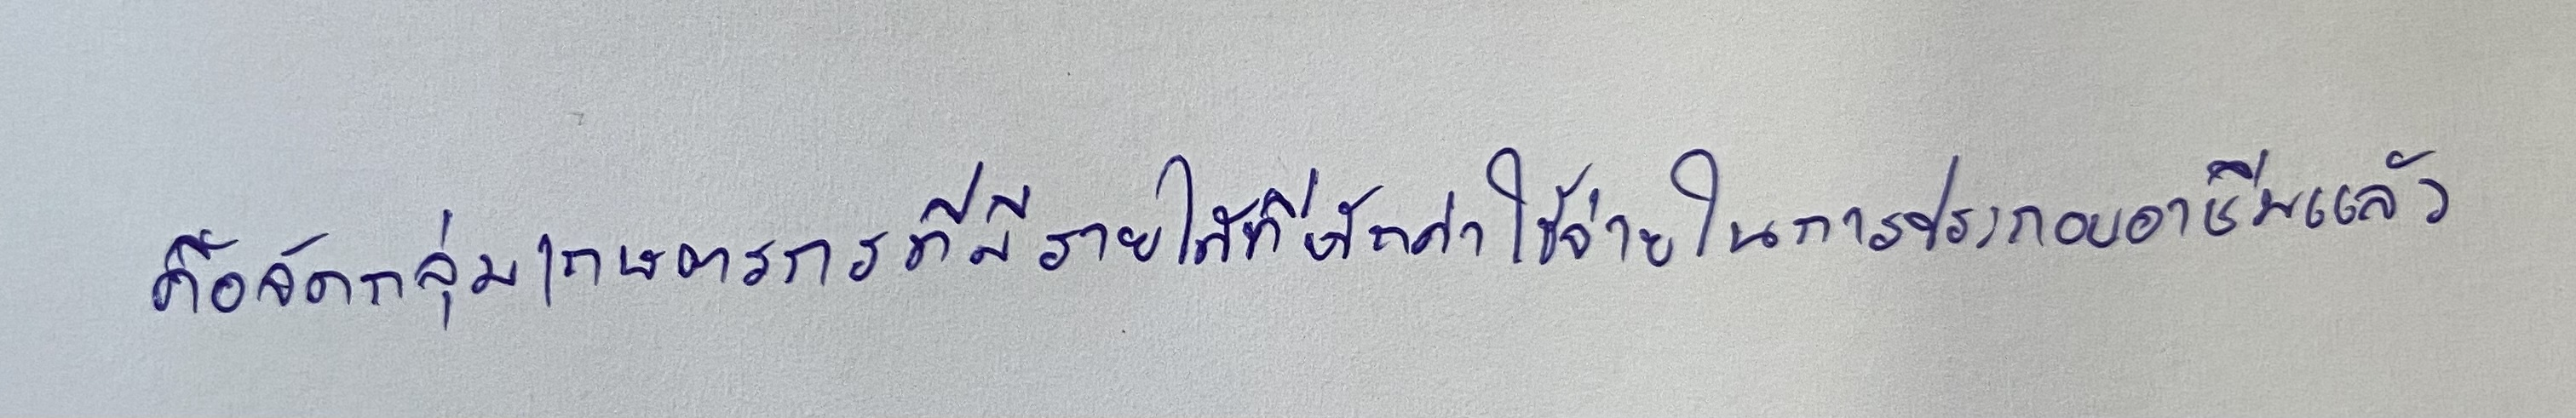
คือจัดกลุ่มเกษตรกรที่มีรายได้ที่หักค่าใช้จ่ายในการประกอบอาชีพแล้ว